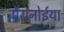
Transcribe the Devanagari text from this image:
पैरानोईया